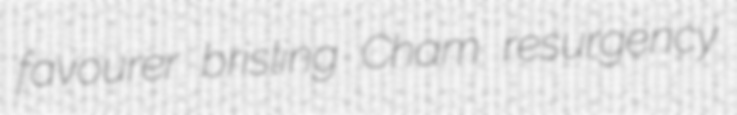
favourer brisling Cham resurgency